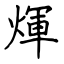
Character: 煇